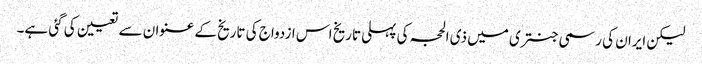
لیکن ایران کی رسمی جنتری میں ذی الحجہ کی پہلی تاریخ اس ازدواج کی تاریخ کے عنوان سے تعیین کی گئی ہے۔